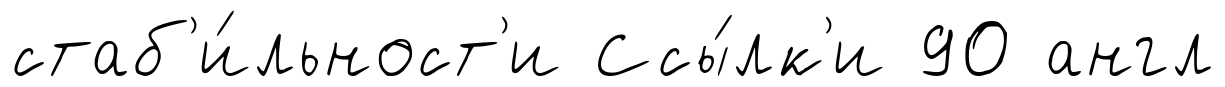
стаб'и́льност'и Ссы́лк'и 90 англ